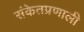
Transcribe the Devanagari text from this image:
संकेतप्रणाली